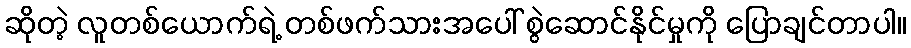
ဆိုတဲ့ လူတစ်ယောက်ရဲ့ တစ်ဖက်သားအပေါ် စွဲဆောင်နိုင်မှုကို ပြောချင်တာပါ။